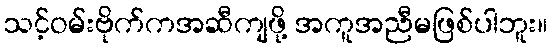
သင့်ဝမ်းဗိုက်ကအဆီကျဖို့ အကူအညီမဖြစ်ပါဘူး။